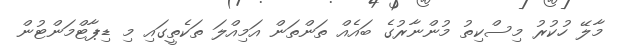
މާލޭ ހުކުރު މިސްކިތު މުންނާރުގެ ބައެއް ތަންތަން އަމިއްލަ ތަކެތީގައި މި ޑިޕާޓްމަންޓުން